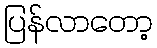
ပြန်လာတော့